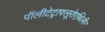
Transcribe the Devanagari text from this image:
पॉलीटेट्राफ्लूरोएथिलीन